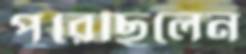
পুরেছিলেন